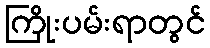
ကြိုးပမ်းရာတွင်